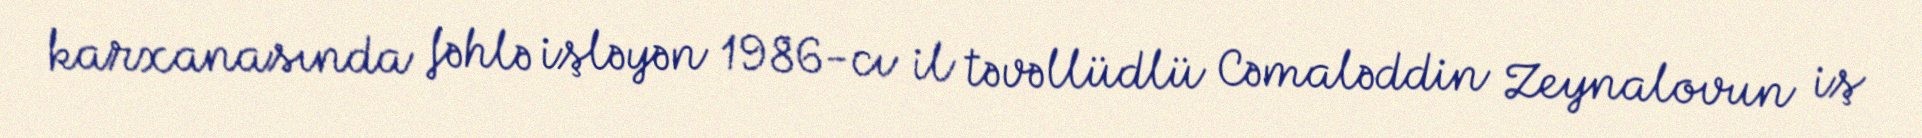
karxanasında fəhlə işləyən 1986-cı il təvəllüdlü Cəmaləddin Zeynalovun iş